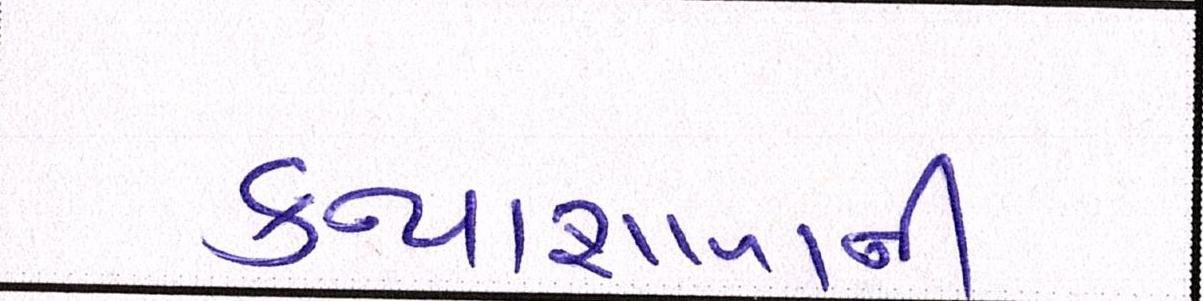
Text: કન્યાશાળાની